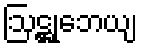
ဩဋ္ဌုဘေယျ